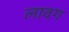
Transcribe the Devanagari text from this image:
लावग